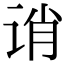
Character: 诮